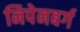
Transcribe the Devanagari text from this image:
निपेनबर्ग